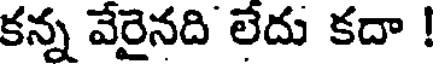
కన్న వేరైనది లేదు కదా !